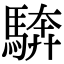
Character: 𩣺